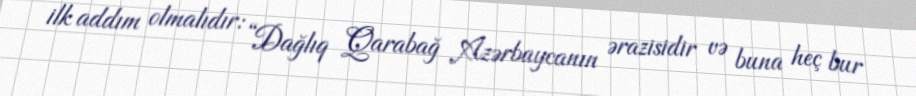
ilk addım olmalıdır: “Dağlıq Qarabağ Azərbaycanın ərazisidir və buna heç bur